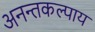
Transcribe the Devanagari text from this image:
अनन्तकल्पाय